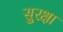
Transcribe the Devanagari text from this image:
सु्रक्षा